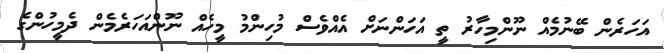
އަހަރެން ބޭނުމެއް ނޫންމިހާރު ތީީ އަހަންނަށް އެއްވެސް މުހިންމު މީހެއް ނޫންއަހަރެމެން ދެމީހުންގެ